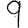
Digit: 9